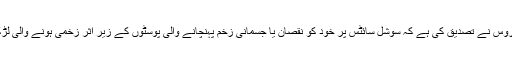
ڈیلی میل آن لائن کے مطابق برطانوی ہیلتھ سروس نے تصدیق کی ہے کہ سوشل سائٹس پر خود کو نقصان یا جسمانی زخم پہنچانے والی پوسٹوں کے زیر اثر زخمی ہونے والی لڑکیوں کی تعداد مسلسل تیزی سے بڑھ رہی ہے۔